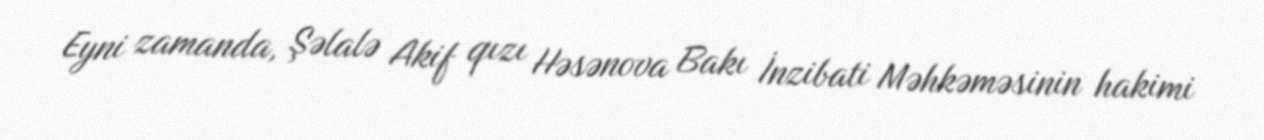
Eyni zamanda, Şəlalə Akif qızı Həsənova Bakı İnzibati Məhkəməsinin hakimi